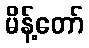
မိန့်တော်